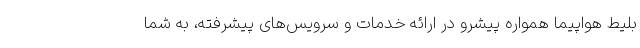
بلیط هواپیما همواره پیشرو در ارائه خدمات و سرویس‌های پیشرفته، به شما